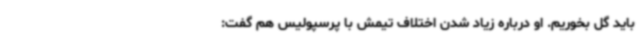
باید گل بخوریم. او درباره زیاد شدن اختلاف تیمش با پرسپولیس هم گفت: